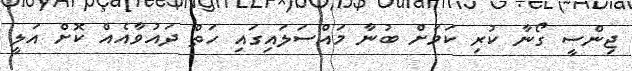
ޖިންސީ ގޯނާ ކުރި ކަމަށް ބުނާ މައްސަލައިގައި ހަތް ދައުވާއެއް ކޮށް އަލީ